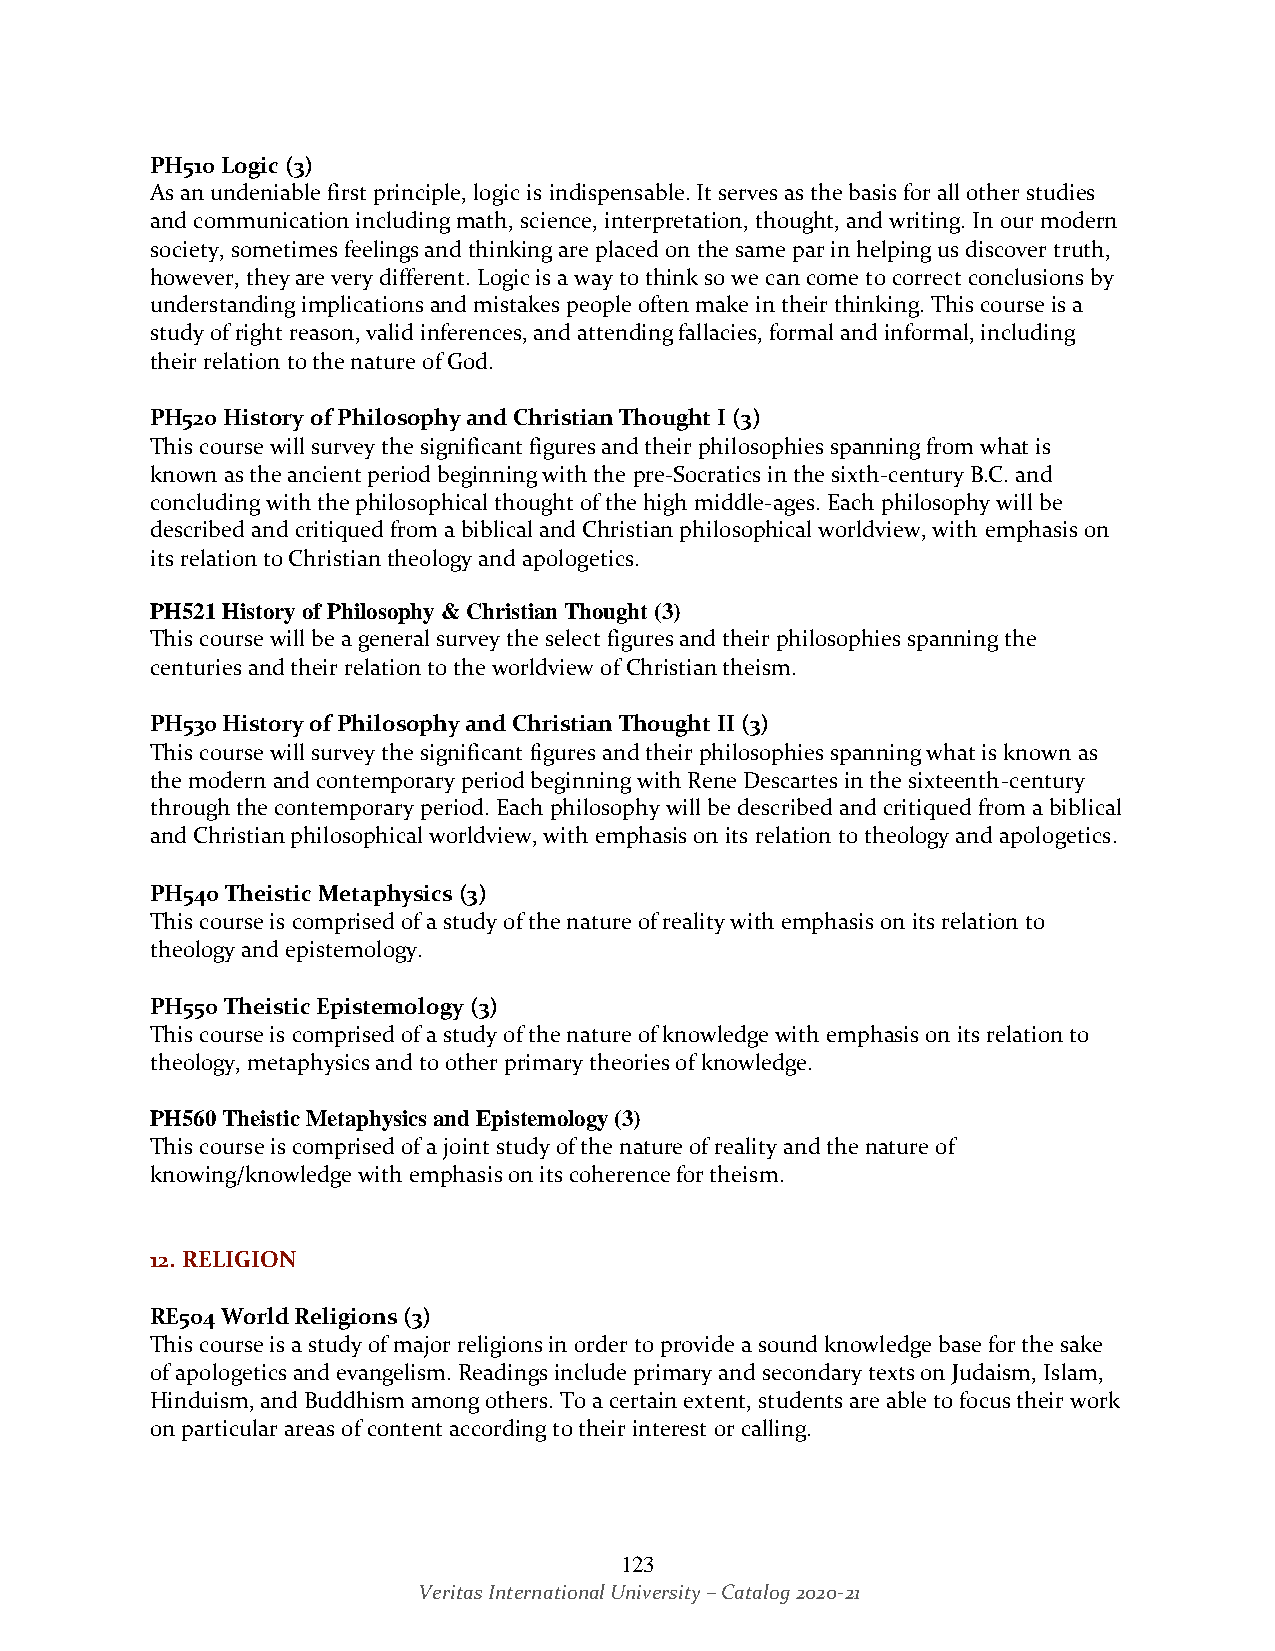
PH510 Logic (3)
 As an undeniable first principle, logic is indispensable. It serves as the basis for all other studies
 and communication including math, science, interpretation, thought, and writing. In our modern
 society, sometimes feelings and thinking are placed on the same par in helping us discover truth,
 however, they are very different. Logic is a way to think so we can come to correct conclusions by
 understanding implications and mistakes people often make in their thinking. This course is a
 study of right reason, valid inferences, and attending fallacies, formal and informal, including
 their relation to the nature of God.
 PH520 History of Philosophy and Christian Thought I (3)
 This course will survey the significant figures and their philosophies spanning from what is
 known as the ancient period beginning with the pre-Socratics in the sixth-century B.C. and
 concluding with the philosophical thought of the high middle-ages. Each philosophy will be
 described and critiqued from a biblical and Christian philosophical worldview, with emphasis on
 its relation to Christian theology and apologetics.
 PH521 History of Philosophy & Christian Thought (3)
 This course will be a general survey the select figures and their philosophies spanning the
 centuries and their relation to the worldview of Christian theism.
 PH530 History of Philosophy and Christian Thought II (3)
 This course will survey the significant figures and their philosophies spanning what is known as
 the modern and contemporary period beginning with Rene Descartes in the sixteenth-century
 through the contemporary period. Each philosophy will be described and critiqued from a biblical
 and Christian philosophical worldview, with emphasis on its relation to theology and apologetics.
 PH540 Theistic Metaphysics (3)
 This course is comprised of a study of the nature of reality with emphasis on its relation to
 theology and epistemology.
 PH550 Theistic Epistemology (3)
 This course is comprised of a study of the nature of knowledge with emphasis on its relation to
 theology, metaphysics and to other primary theories of knowledge.
 PH560 Theistic Metaphysics and Epistemology (3)
 This course is comprised of a joint study of the nature of reality and the nature of
 knowing/knowledge with emphasis on its coherence for theism.
 12. RELIGION
 RE504 World Religions (3)
 This course is a study of major religions in order to provide a sound knowledge base for the sake
 of apologetics and evangelism. Readings include primary and secondary texts on Judaism, Islam,
 Hinduism, and Buddhism among others. To a certain extent, students are able to focus their work
 on particular areas of content according to their interest or calling.
 123
 Veritas International University – Catalog 2020-21